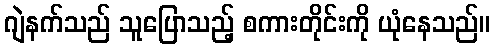
ဂျဲနက်သည် သူပြောသည့် စကားတိုင်းကို ယုံနေသည်။